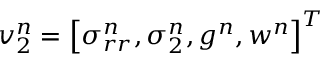
\boldsymbol { v } _ { 2 } ^ { n } = \left[ \sigma _ { r r } ^ { n } , \sigma _ { 2 } ^ { n } , g ^ { n } , w ^ { n } \right] ^ { T }